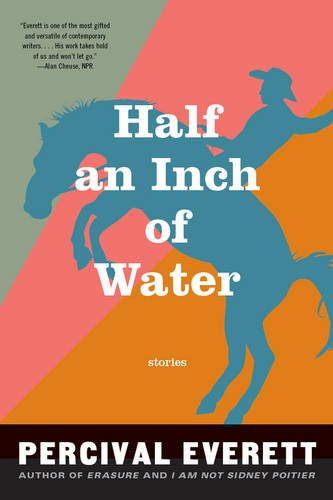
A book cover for Half an Inch of Water: Stories; Percival Everett; Literature & Fiction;